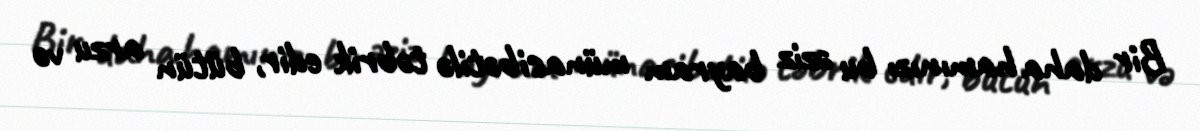
Bir daha hamınızı bu əziz bayram münasibətilə təbrik edir, bütün arzu və